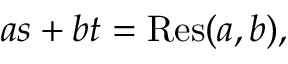
a s + b t = \operatorname { R e s } ( a , b ) ,